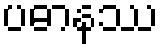
ပဓာနဿ